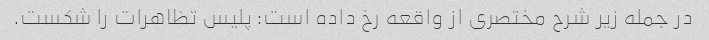
در جمله زیر شرح مختصری از واقعه رخ داده است: پلیس تظاهرات را شکست.